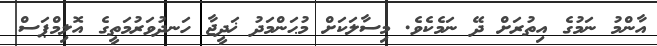
އާންމު ނަމުގެ އިތުރަށް ދޭ ނަމެކެވެ. މިސާލަކަށް މުޙަންމަދު ޚަދީޖާ ހަނދުވަރުމަތީގެ އޮލިމްޕަސް